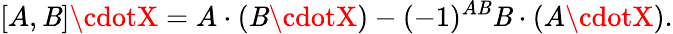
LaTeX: [A,\mathit{B}]\cdotX=A\cdot(\mathit{B}\cdotX)-(-1)^{A\mathit{B}}\mathit{B}\cdot(A\cdotX).